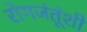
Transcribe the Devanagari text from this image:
रोगजंतूंशी